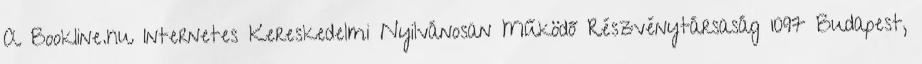
A Bookline.hu Internetes Kereskedelmi Nyilvánosan Működő Részvénytársaság 1097 Budapest,